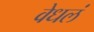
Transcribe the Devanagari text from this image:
वेधलं